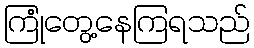
ကြုံတွေ့နေကြရသည်